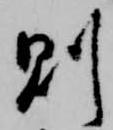
則